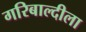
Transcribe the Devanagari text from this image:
गरिबाल्दीला